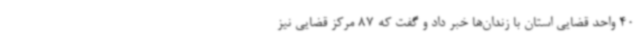
40 واحد قضایی استان با زندان‌ها خبر داد و گفت که 87 مرکز قضایی نیز